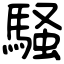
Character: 騒